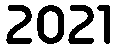
2021